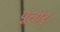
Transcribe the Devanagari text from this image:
पूतीर्